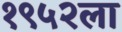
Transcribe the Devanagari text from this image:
१९५२ला